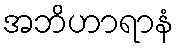
အဘိဟာရာနံ